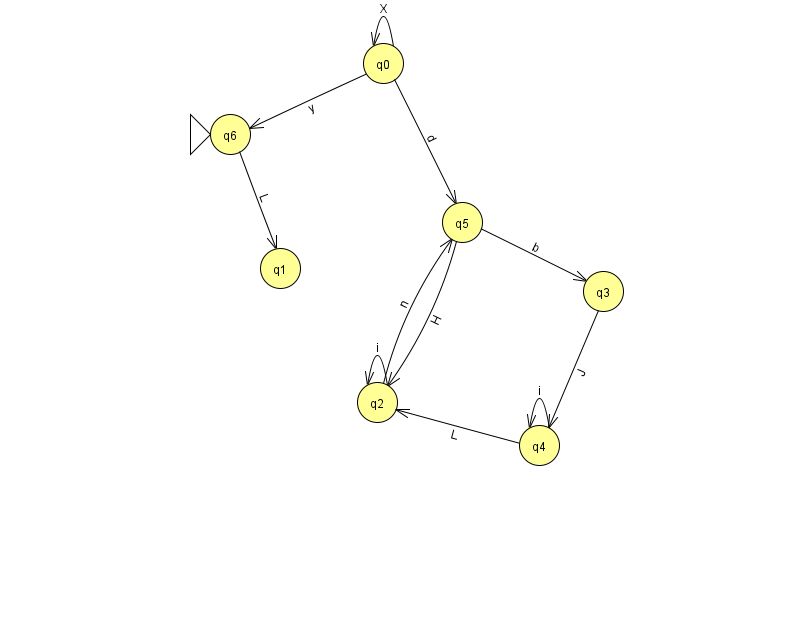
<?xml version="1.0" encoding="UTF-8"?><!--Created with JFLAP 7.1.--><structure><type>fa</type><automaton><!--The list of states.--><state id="0" name="q0"><x>383.0</x><y>50.0</y></state><state id="1" name="q1"><x>280.0</x><y>255.0</y></state><state id="2" name="q2"><x>377.0</x><y>389.0</y></state><state id="3" name="q3"><x>603.0</x><y>278.0</y></state><state id="4" name="q4"><x>539.0</x><y>432.0</y></state><state id="5" name="q5"><x>462.0</x><y>209.0</y></state><state id="6" name="q6"><x>230.0</x><y>121.0</y><initial/></state><!--The list of transitions.--><transition><from>5</from><to>3</to><read>b</read></transition><transition><from>2</from><to>5</to><read>n</read></transition><transition><from>4</from><to>2</to><read>L</read></transition><transition><from>6</from><to>1</to><read>L</read></transition><transition><from>5</from><to>2</to><read>H</read></transition><transition><from>0</from><to>0</to><read>X</read></transition><transition><from>2</from><to>2</to><read>i</read></transition><transition><from>4</from><to>4</to><read>i</read></transition><transition><from>0</from><to>6</to><read>y</read></transition><transition><from>3</from><to>4</to><read>J</read></transition><transition><from>0</from><to>5</to><read>d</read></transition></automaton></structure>